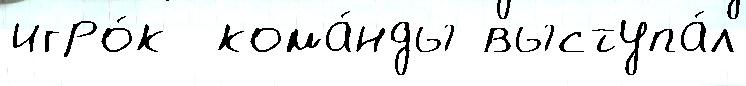
игро́к  кома́нды выступа́л